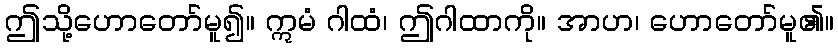
ဤသို့ဟောတော်မူ၍။ ဣမံ ဂါထံ၊ ဤဂါထာကို။ အာဟ၊ ဟောတော်မူ၏။